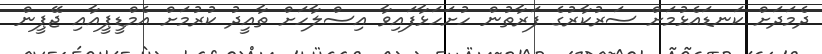
ދެމަދަށް ކަނޑައެޅުމަށް ސަރުކާރުގެ ފަރާތުން ހުށަހަޅާފައިވާ އިސްލާހަށް ތާއީދު ކުރުމަށް އެމްޑީޕީއާއި ޖޭޕީން